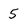
Character: 5